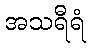
အသရီရံ